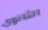
الثانوي